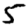
Digit: 5